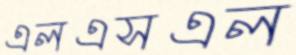
এলএসএল